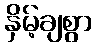
နှိမ့်ချစွာ